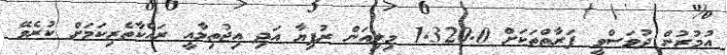
އުމުރުން ދުވަސްވީ ފަރާތްތަކަށް 1